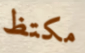
مكتظ